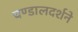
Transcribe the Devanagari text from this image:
चण्डालदर्शने